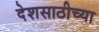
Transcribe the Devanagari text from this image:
देशसाठीच्या